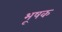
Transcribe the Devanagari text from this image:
भूषक